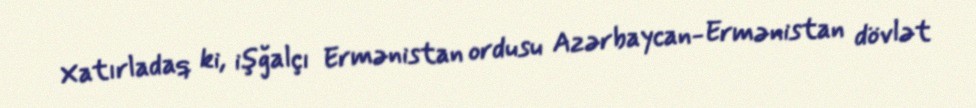
Xatırladaq ki, işğalçı Ermənistan ordusu Azərbaycan-Ermənistan dövlət